Report by Surgeon-Major Lyons, I.M.S., President of the Plague Research Committee - Part I
Disease focus: Plague
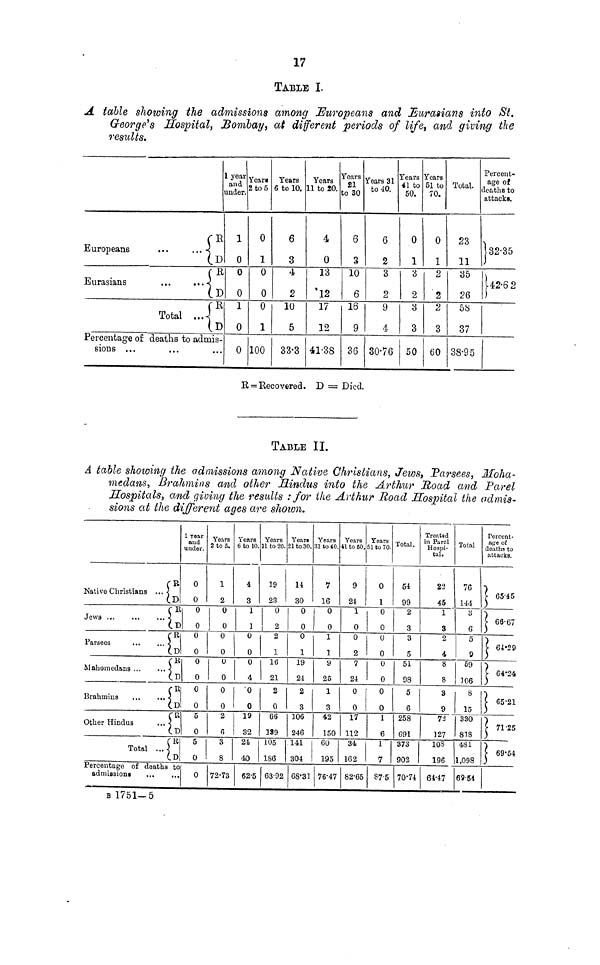
17
TABLE I.
A table showing the admissions among Europeans and Eurasians into St.
George's Hospital, Bombay, at different periods of life, and giving the
results.
1
V
Europeans
...
..
D
Eurasians
...
...
D
Total ...4
Percentage of deaths to admis-
sions ...
year
and
under.
1
0
0
0
1
0
0
Years
2 to 5
0
1
0
0
0
1
100
Years
6 to 10.
6
3
4
2
10
5
33.3
Years
11 to 20.
4
0
13
12
17
12
41.38
Years
21
to 30
6
3
10
6
16
9
36
Years 31
to 40.
6
2
3
2
9
4
30.76
Years
41 to
50.
0
1
3
2
3
3
50
Years
51 to
70.
0
1
2
2
2
3
60
Total.
23
11
35
26
58
37
38.95
Percent-
age of
deaths to
attacks.
32-35
42.6 2
= Recovered. D = Died.
TABLE II.
A table showing the admissions among Native Christians, Jews, ]?a?'sees, Ifoha-
medans, Brahmins and other Hindus into the Arthur Road and Pavel
Hospitals, and giving the results : for the Arthur Road Hospital the admis-
sions at the different aqes are shown.
Nativo Christians ...
D
Jews ...
...
...
D
R
Parsees
...
...
CD
R
Mahomedans
D
R
Brahmins
...
...
D
R
Other Hindus
...
Total ...
D
Percentage of deaths to
admissions
1 year
and
under.
0
0
0
0
0
0
0
0
0
0
5
0
5
0
0
Years
2 to 5.
1
2
0
0
0
0
0
0
0
0
2
6
3
8
72.73
Years
6 to 10.
4
3
1
1
0
0
0
4
0
0
19
32
21
40
62.5
Years
11 to 20.
39
23
0
2
2
1
16
21
2
0
66
139
105
1S6
63.92
Year»
21 to 30.
14
30
0
0
0
1
19
24
2
3
106
246
141
304
68.33
Years
31 to 40.
7
16
0
0
1
1
9
25
1
3
42
150
60
195
76.47
Years
41 to 60.
9
24
1
0
0
2
7
24
0
0
17
112
34
162
82.65
Years
51 to 70.
0
1
0
0
0
0
0
0
0
0
1
6
1
7
87.5
Total.
54
99
2
3
3
5
51
98
5
6
258
691
373
902
70.74
Treated
in Parel
Hospi-
tal.
22
45
1
3
2
4
8
8
3
9
72
127
108
196
64.47
Total
76
144
6
0
9
69
306
8
15
330
818
481
1,098
69.54
Percent-
age of
deaths to
attacks.
65.45
66.67
64.29
64.24
65.21
71.25
69.54